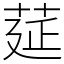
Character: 莚